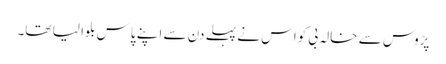
پڑوس سے خالہ بی کواس نے پہلے دن سے اپنے پاس بلوا لیا تھا۔